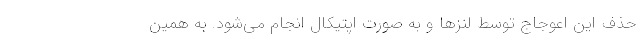
حذف این اعوجاج توسط لنزها و به صورت اپتیکال انجام می‌شود. به همین